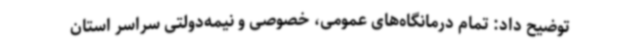
توضیح داد: تمام درمانگاه‌های عمومی، خصوصی و نیمه‌دولتی سراسر استان